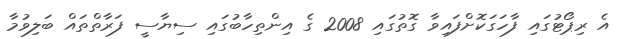
އެ ރިޕޯޓުގައި ފާހަގަކޮށްފައިވާ ގޮތުގައި 2008 ގެ އިންތިހާބުގައި ސިޔާސީ ފަރާތްތައް ބަލިވުމާ